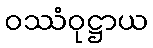
ဝဿံဝုဋ္ဌာယ